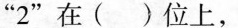
“2”在（ ）位上，